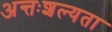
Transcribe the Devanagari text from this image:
अन्तःशल्यता